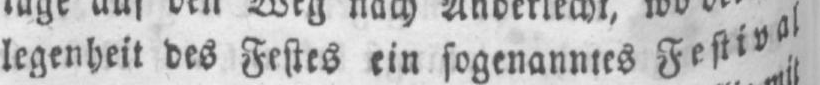
legenheit des Festes ein sogenanntes Festival